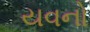
યવનો